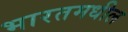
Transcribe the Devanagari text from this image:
भारतमधील